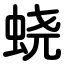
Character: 蛲